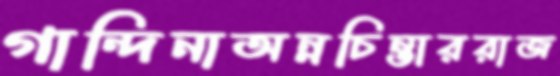
গান্দিনাঅন্নচিন্তাররাজ